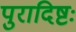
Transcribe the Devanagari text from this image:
पुरादिष्टः